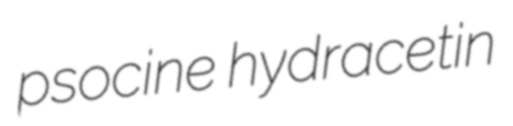
psocine hydracetin